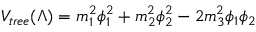
V _ { t r e e } ( \Lambda ) = m _ { 1 } ^ { 2 } \phi _ { 1 } ^ { 2 } + m _ { 2 } ^ { 2 } \phi _ { 2 } ^ { 2 } - 2 m _ { 3 } ^ { 2 } \phi _ { 1 } \phi _ { 2 }